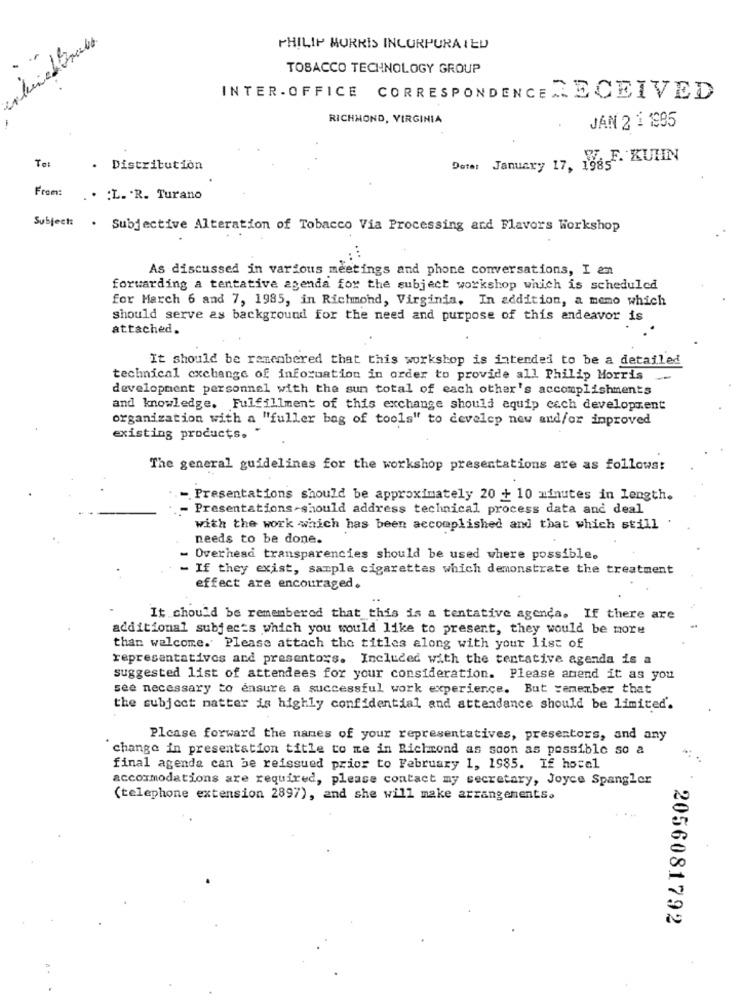
PHILIP MORRIS INCORPORATED
TOBACCO TECHNOLOGY GROUP
INTER- OFFICE CORRESPONDENCE RECEIVED
RICHMOND, VIRGINIA
JAN 2 1 1995
W. F. KUIIN
Distribution
Deter January 17, 1985
From:
.. : L. R. Turano
Subject: . Subjective Alteration of Tobacco Via Processing and Flavors Workshop
As discussed in various meetings and phone conversations, I am
forwarding a tentative agenda for the subject workshop which is scheduled
for March 6 and 7, 1985, in Richmond, Virginia, In addition, a memo which
should serve as background for the need and purpose of this andeavor is
attached.
It should be remembered that this workshop is intended to be a detailed
technical exchange of information in order to provide all Philip Morris
-
development personnel with the sun total of each other's accomplishments
and knowledge. Fulfillment of this exchange should equip cach development
organization with a "fuller bag of tools" to develop new and/or inproved
existing products.
The general guidelines for the workshop presentations are as follows:
- Presentations should be approximately 20 + 10 minutes in length.
Presentations-should address technical process data and deal
with the work which has been accomplished and that which still
needs to be done.
Overhead transparencies should be used where possible.
- If they exist, sample cigarettes which demonstrate the treatment
effect are encouraged.
It should be remembered that this is a tentative agenda. If there are
additional subjects which you would like to present, they would be more
than welcome. Please attach the titles along with your list of
representativos and presentors. Included with the tentative agenda is a
suggested list of attendees for your consideration. Please amend it as you
see necessary to ensure a successful work experience. But remember that
the subject matter is highly confidential and attendance should be limited.
Please forward the nanes of your representatives, presentors, and any
change in presentation title to me in Richmond as soon as possible so a
. .
final agenda can be reissued prior to February 1, 1985. If hotel
accommodations are required, please contact my secretary, Joyce Spangler
(telephone extension 2897), and she will make arrangements.
2056081792